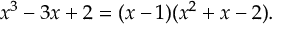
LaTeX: x ^ { 3 } - 3 x + 2 = ( x - 1 ) ( x ^ { 2 } + x - 2 ) .